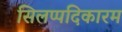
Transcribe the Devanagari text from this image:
सिलप्पदिकारम